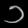
Digit: ၁